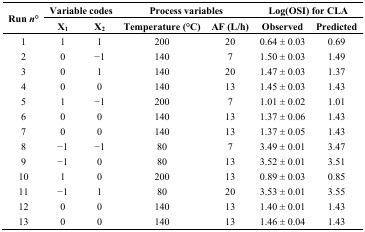
| <ROWSPAN=2> Run n° | <COLSPAN=2> Variable codes | <COLSPAN=2> Process variables | <COLSPAN=2> Log(OSI) for CLA |
 | X1 | X2 | Temperature (°C) | AF (L/h) | Observed | Predicted |
 | --- | --- | --- | --- | --- | --- | --- |
 | 1 | 1 | 1 | 200 | 20 | 0.64 ± 0.03 | 0.69 |
 | 2 | 0 | −1 | 140 | 7 | 1.50 ± 0.03 | 1.49 |
 | 3 | 0 | 1 | 140 | 20 | 1.47 ± 0.03 | 1.37 |
 | 4 | 0 | 0 | 140 | 13 | 1.45 ± 0.03 | 1.43 |
 | 5 | 1 | −1 | 200 | 7 | 1.01 ± 0.02 | 1.01 |
 | 6 | 0 | 0 | 140 | 13 | 1.37 ± 0.06 | 1.43 |
 | 7 | 0 | 0 | 140 | 13 | 1.37 ± 0.05 | 1.43 |
 | 8 | −1 | −1 | 80 | 7 | 3.49 ± 0.01 | 3.47 |
 | 9 | −1 | 0 | 80 | 13 | 3.52 ± 0.01 | 3.51 |
 | 10 | 1 | 0 | 200 | 13 | 0.89 ± 0.03 | 0.85 |
 | 11 | −1 | 1 | 80 | 20 | 3.53 ± 0.01 | 3.55 |
 | 12 | 0 | 0 | 140 | 13 | 1.40 ± 0.01 | 1.43 |
 | 13 | 0 | 0 | 140 | 13 | 1.46 ± 0.04 | 1.43 |